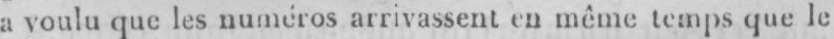
a voulu que les numéros arrivassent en même temps que le